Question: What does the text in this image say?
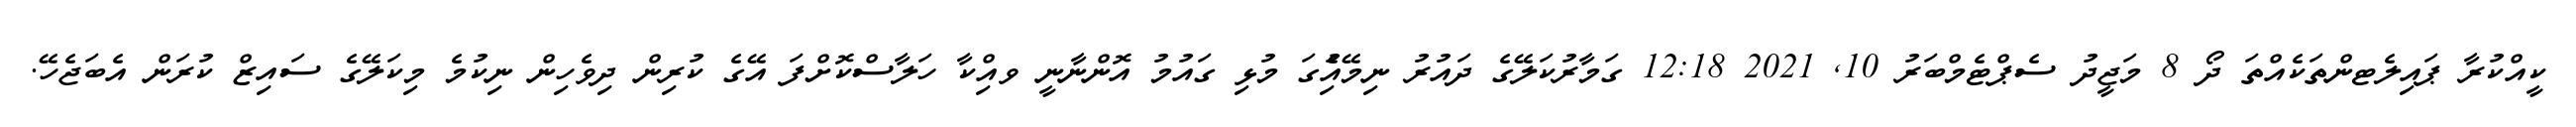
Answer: ކީއްކުރާ ޕައިލެޓންތަކެއްތަ ދޯ 8 މަޖީދު ސެޕްޓެމްބަރު 10, 2021 12:18 ގަމާރުކަލޭގެ ދައުރު ނިމޭއިެުގަ މުޅި ގައުމު އޮންނާނީ ވއިްކާ ހަލާސްކޮށްފަ އޭގެ ކުރިން ދިވެހިން ނިކުމެ މިކަލޭގެ ސައިޒް ކުރަން އެބަޖެހޭ.